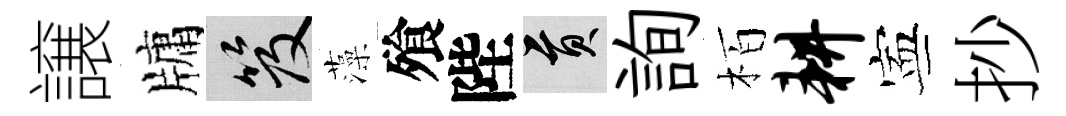
譲牗笈藻飱陛貢詢栢耕寕抄